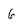
Character: 6